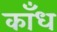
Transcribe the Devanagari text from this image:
काँध